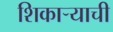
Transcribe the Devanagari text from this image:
शिकाऱ्याची